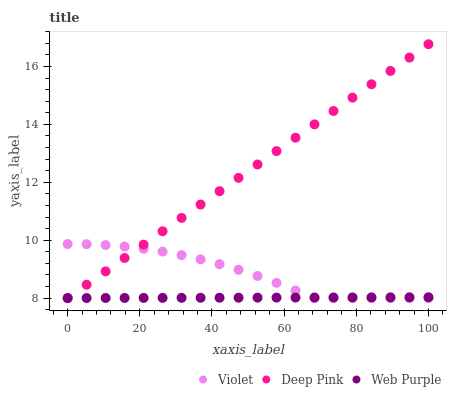
| xaxis_label | Violet | Deep Pink | Web Purple |
 | --- | --- | --- | --- |
 | 0 | 9.87 | 8 | 8 |
 | 5.26 | 9.86 | 8.46 | 8 |
 | 10.5 | 9.83 | 8.92 | 8 |
 | 15.8 | 9.78 | 9.38 | 8 |
 | 21.1 | 9.7 | 9.85 | 8.01 |
 | 26.3 | 9.61 | 10.3 | 8.01 |
 | 31.6 | 9.48 | 10.8 | 8.01 |
 | 36.8 | 9.34 | 11.2 | 8.01 |
 | 42.1 | 9.17 | 11.7 | 8.01 |
 | 47.4 | 8.98 | 12.2 | 8.01 |
 | 52.6 | 8.76 | 12.6 | 8.01 |
 | 57.9 | 8.52 | 13.1 | 8.02 |
 | 63.2 | 8.26 | 13.5 | 8.02 |
 | 68.4 | 8 | 14 | 8.02 |
 | 73.7 | 8 | 14.5 | 8.02 |
 | 78.9 | 8 | 14.9 | 8.02 |
 | 84.2 | 8 | 15.4 | 8.02 |
 | 89.5 | 8 | 15.8 | 8.03 |
 | 94.7 | 8 | 16.3 | 8.03 |
 | 100 | 8 | 16.8 | 8.03 |